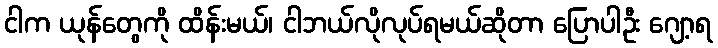
ငါက ယုန်တွေကို ထိန်းမယ်၊ ငါဘယ်လိုလုပ်ရမယ်ဆိုတာ ပြောပါဦး ဂျော့ရ